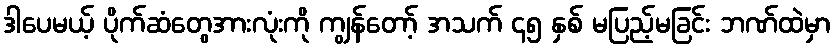
ဒါပေမယ့် ပိုက်ဆံတွေအားလုံးကို ကျွန်တော့် အသက် ၄၅ နှစ် မပြည့်မခြင်း ဘဏ်ထဲမှာ